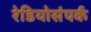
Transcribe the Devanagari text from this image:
रेडियोसंपर्क